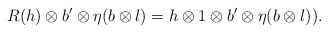
\begin{align*} R(h)\otimes b'\otimes \eta (b\otimes l)=h\otimes 1\otimes b' \otimes \eta (b\otimes l)).\end{align*}